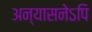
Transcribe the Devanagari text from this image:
अन्यासनेऽपि